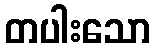
တပါးသော